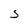
Character: S